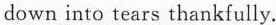
down into tears thankfully.